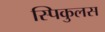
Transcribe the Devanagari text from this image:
स्पिकुलस